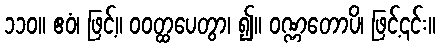
၁၁၀။ ဧဝံ၊ ဖြင့်။ ဝဝတ္ထပေတွာ၊ ၍။ ဝဏ္ဏတောပိ၊ ဖြင့်၎င်း။